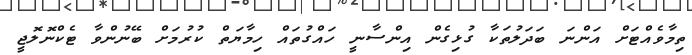
ތިމާވެއްޓަށް އަންނަ ބަދަލުތަކާ ގުޅިގެން އިންސާނީ ހައްގުތައް ހިމާޔަތް ކުރުމަށް ބޭނުންވާ ޓެކްނޮލޮޖީ